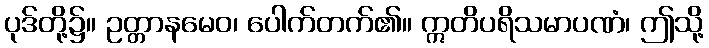
ပုဒ်တို့၌။ ဥတ္တာနမေဝ၊ ပေါက်တက်၏။ ဣတိပရိသမာပဏံ၊ ဤသို့